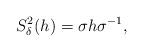
LaTeX: \begin{align*}S_{\delta}^{2}(h)=\sigma h \sigma ^{-1},\end{align*}